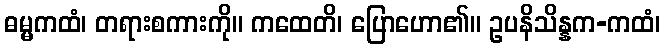
ဓမ္မကထံ၊ တရားစကားကို။ ကထေတိ၊ ပြောဟော၏။ ဥပနိသိန္နက-ကထံ၊